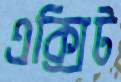
এক্সিট